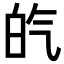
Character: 𤽍